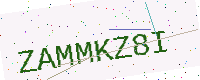
Text: ZAMMKZ8I